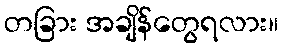
တခြား အချိန်တွေရလား။